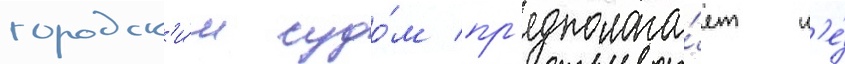
городск'и́м судо́м пр'едполага́ет н'е́